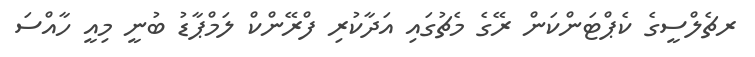
ރޗެލްސީގެ ކެޕްޓަންކަން ރޭގެ މެޗުގައި އަދާކުރި ފްރޭންކް ލަމްޕާޑު ބުނީ މިއީ ހާއްސަ